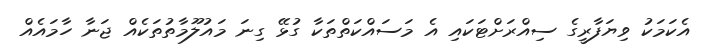
އެކަމަކު ވިޔަފާރީގެ ސިއްރަށްޓަކައި އެ މަސައްކަތްތަކާ ގުޅޭ ގިނަ މައުލޫމާތުތަކެއް ޖަނާ ހާމައެއް